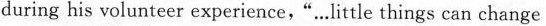
during his volunteer experience,".…little things can change